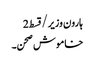
ہارون وزیر/قسط2
خاموش صحن۔